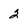
Character: 2